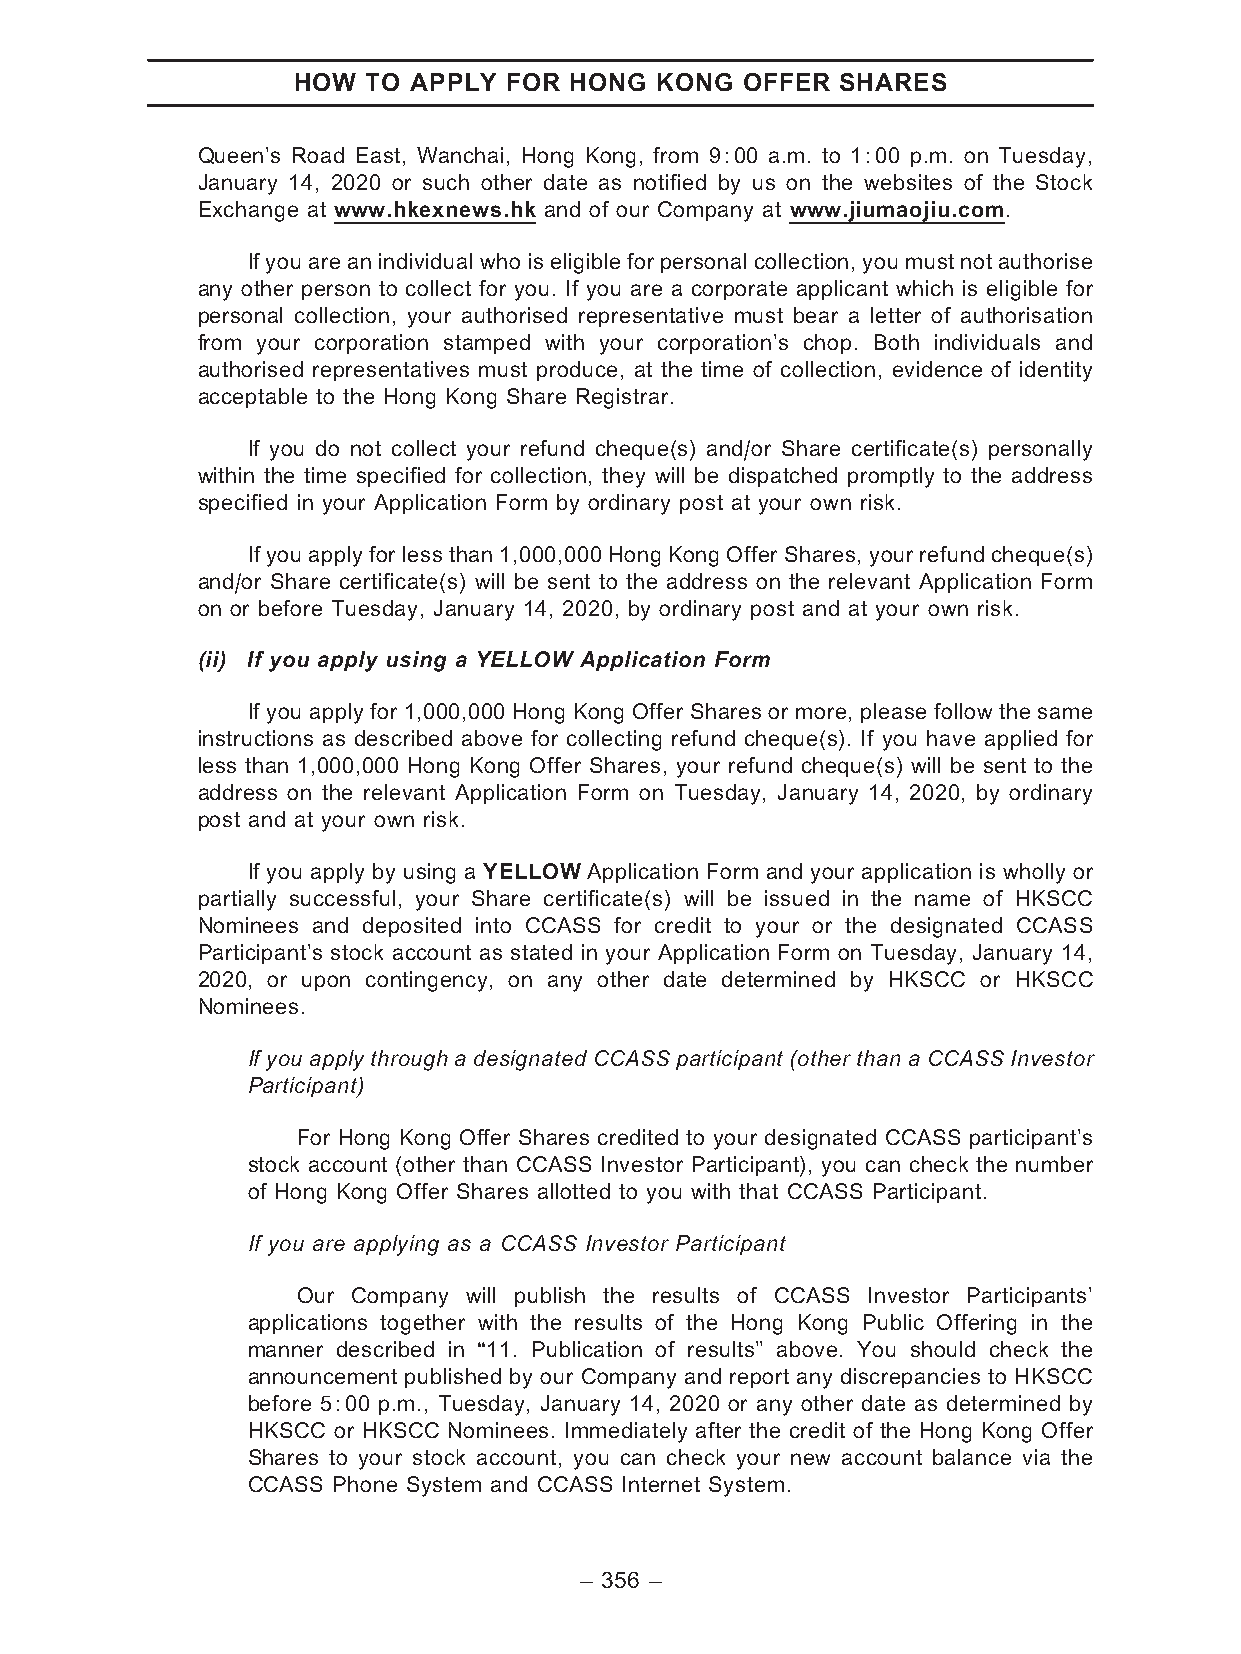
HOW  TO APPLY FOR  HONG KONG  OFFER  SHARES
 Queen’s Road East, Wanchai, Hong Kong, from 9:00 a.m. to 1:00 p.m. on Tuesday,
 January 14, 2020 or such other date as notified by us on the websites of the Stock
 Exchange at www.hkexnews.hk and of our Company at www.jiumaojiu.com.
 Ifyouareanindividualwhoiseligibleforpersonalcollection,youmustnotauthorise
 any other person to collect for you. If you are a corporate applicant which is eligible for
 personal collection, your authorised representative must bear a letter of authorisation
 from your corporation stamped with your corporation’s chop. Both individuals and
 authorised representatives must produce, at the time of collection, evidence of identity
 acceptable to the Hong Kong Share Registrar.
 If you do not collect your refund cheque(s) and/or Share certificate(s) personally
 within the time specified for collection, they will be dispatched promptly to the address
 specified in your Application Form by ordinary post at your own risk.
 If you apply for lessthan 1,000,000 Hong Kong Offer Shares, your refund cheque(s)
 and/or Share certificate(s) will be sent to the address on the relevant Application Form
 on or before Tuesday, January 14, 2020, by ordinary post and at your own risk.
 (ii) If you apply using a YELLOW Application Form
 If you apply for 1,000,000 Hong Kong Offer Shares or more, please follow the same
 instructions as described above for collecting refund cheque(s). If you have applied for
 less than 1,000,000 Hong Kong Offer Shares, your refund cheque(s) will be sent to the
 address on the relevant Application Form on Tuesday, January 14, 2020, by ordinary
 post and at your own risk.
 If you apply by using a YELLOW Application Form and your application is wholly or
 partially successful, your Share certificate(s) will be issued in the name of HKSCC
 Nominees and deposited into CCASS for credit to your or the designated CCASS
 Participant’s stock account as stated in your Application Form on Tuesday, January 14,
 2020, or upon contingency, on any other date determined by HKSCC or HKSCC
 Nominees.
 If you apply through a designated CCASS participant (other than a CCASS Investor
 Participant)
 For Hong Kong Offer Shares credited to your designated CCASS participant’s
 stock account (other than CCASS Investor Participant), you can check the number
 of Hong Kong Offer Shares allotted to you with that CCASS Participant.
 If you are applying as a CCASS Investor Participant
 Our Company will publish the results of CCASS Investor Participants’
 applications together with the results of the Hong Kong Public Offering in the
 manner described in ‘‘11. Publication of results’’ above. You should check the
 announcement published by our Company and report any discrepancies to HKSCC
 before 5:00 p.m., Tuesday, January 14, 2020 or any other date as determined by
 HKSCC or HKSCC Nominees. Immediately after the credit of the Hong Kong Offer
 Shares to your stock account, you can check your new account balance via the
 CCASS Phone System and CCASS Internet System.
 – 356 –